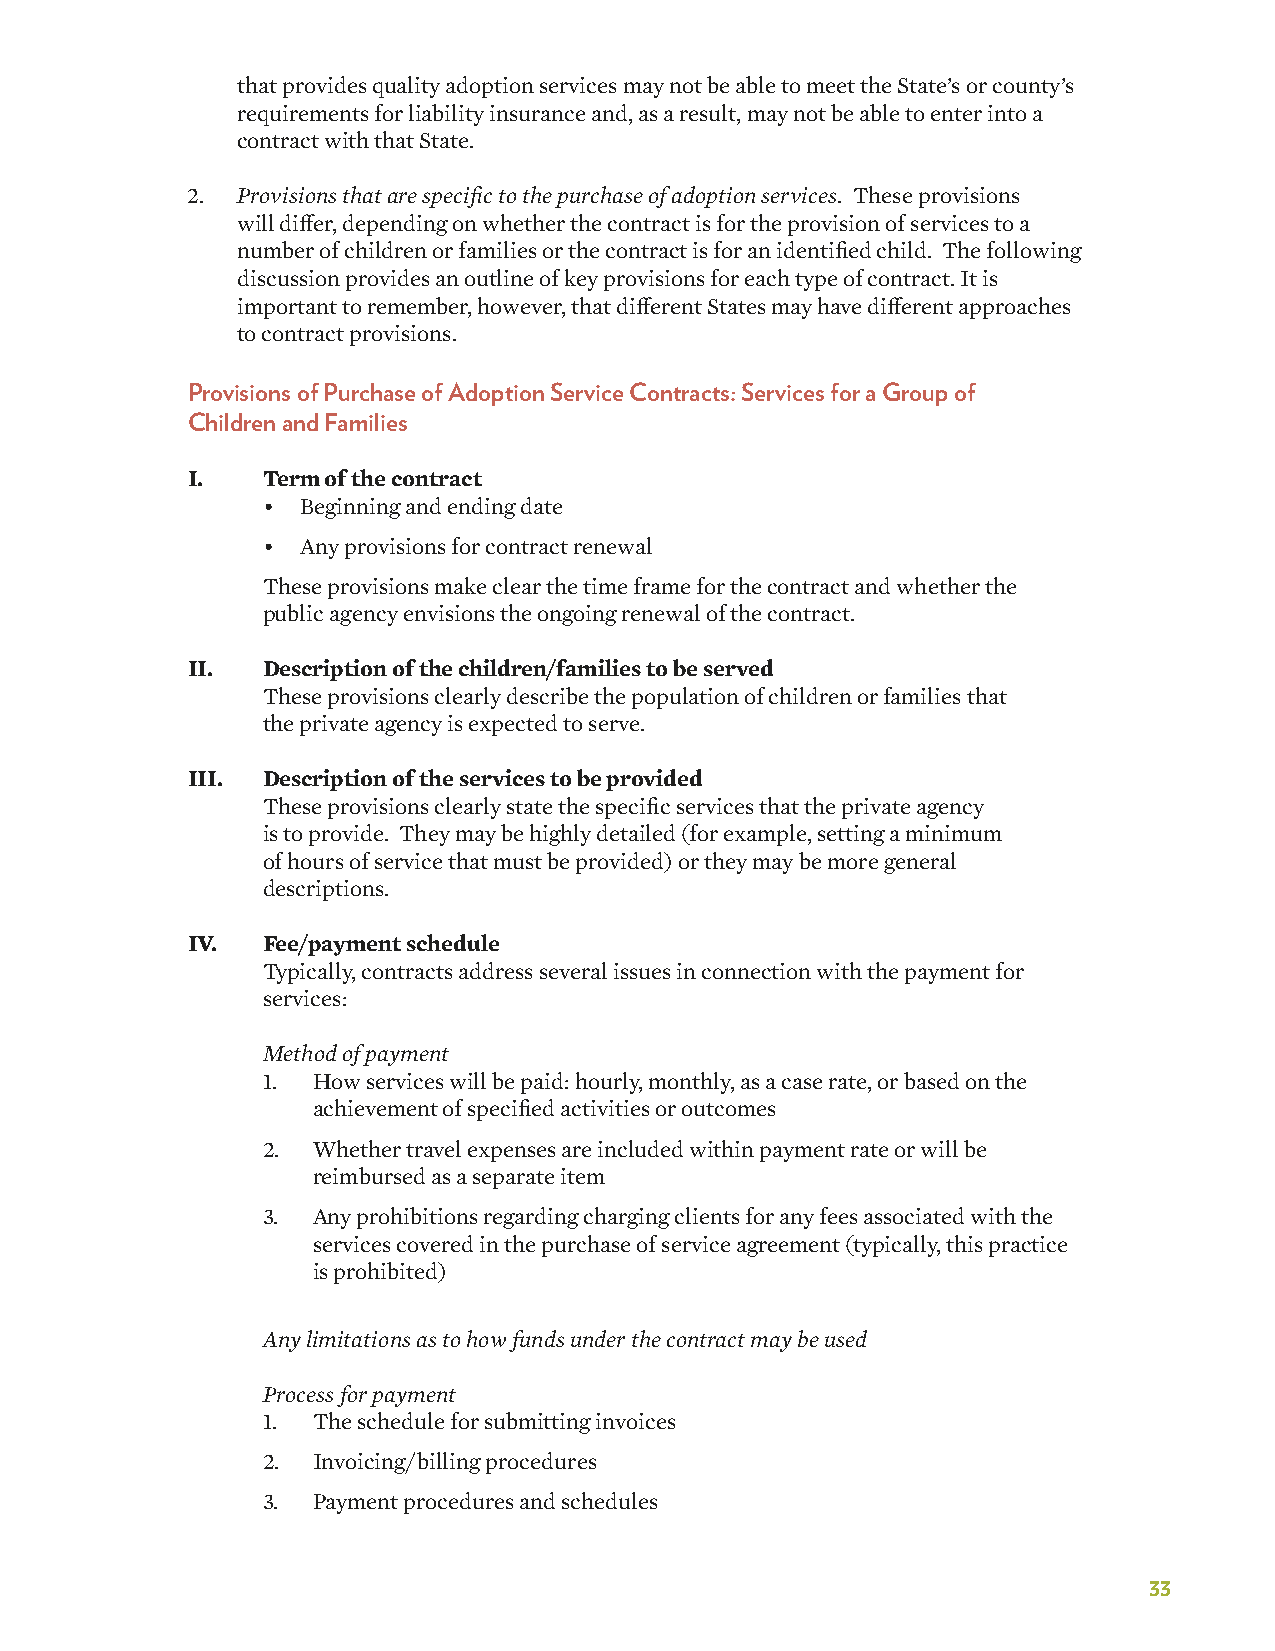
that provides quality adoption services may not be able to meet the State’s or county’s
 requirements for liability insurance and, as a result, may not be able to enter into a
 contract with that State.
 2.  Provisions that are specific to the purchase of adoption services. These provisions
 will differ, depending on whether the contract is for the provision of services to a
 number of children or families or the contract is for an identified child. The following
 discussion provides an outline of key provisions for each type of contract. It is
 important to remember, however, that different States may have different approaches
 to contract provisions.
 Provisions of Purchase of Adoption Service Contracts: Services for a Group of
 Children and Families
 I.   Term of the contract
 •  Beginning and ending date
 •  Any provisions for contract renewal
 These provisions make clear the time frame for the contract and whether the
 public agency envisions the ongoing renewal of the contract.
 II.  Description of the children/families to be served
 These provisions clearly describe the population of children or families that
 the private agency is expected to serve.
 III. Description of the services to be provided
 These provisions clearly state the specific services that the private agency
 is to provide. They may be highly detailed (for example, setting a minimum
 of hours of service that must be provided) or they may be more general
 descriptions.
 IV.  Fee/payment schedule
 Typically, contracts address several issues in connection with the payment for
 services:
 Method of payment
 1.  How services will be paid: hourly, monthly, as a case rate, or based on the
 achievement of specified activities or outcomes
 2.  Whether travel expenses are included within payment rate or will be
 reimbursed as a separate item
 3.  Any prohibitions regarding charging clients for any fees associated with the
 services covered in the purchase of service agreement (typically, this practice
 is prohibited)
 Any limitations as to how funds under the contract may be used
 Process for payment
 1.  The schedule for submitting invoices
 2.  Invoicing/billing procedures
 3.  Payment procedures and schedules
 33